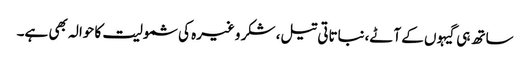
ساتھ ہی گیہوں کے آٹے،نباتاتی تیل، شکر وغیرہ کی شمولیت کا حوالہ بھی ہے۔